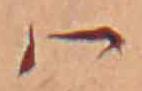
ハ